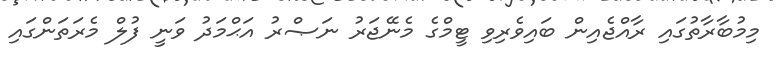
މިމުބާރާތުގައި ރާއްޖެއިން ބައިވެރިވި ޓީމްގެ މެނޭޖަރު ނަޞްރު އަޙްމަދު ވަނީ ފުލް މެރަތަންގައި